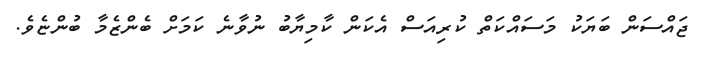
ޖައްސަން ބަޔަކު މަސައްކަތް ކުރިއަސް އެކަން ކާމިޔާބު ނުވާނެ ކަމަށް ބެންޒެމާ ބުންޏެވެ.